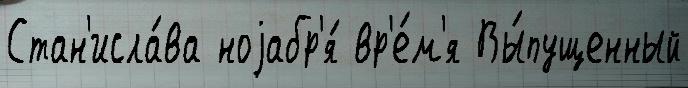
Стан'исла́ва ноjабр'я́ вр'е́м'я Вы́пущенный